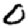
Digit: 0